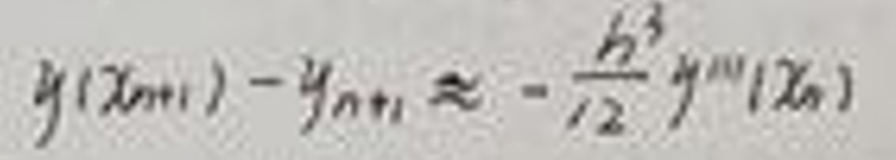
$y(x_{n+1})-y_{n+1}\approx -\frac{h^{3}}{12}y'''(x_{n})$